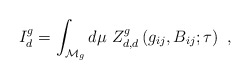
\begin{align*} I^g_d=\int_{{\cal{M}}_g} d\mu~ Z_{d,d}^g\left(g_{ij},B_{ij};\tau\right) \ ,\end{align*}